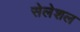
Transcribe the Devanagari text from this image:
सेलेशल